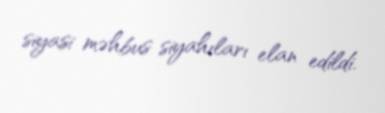
siyasi məhbus siyahıları elan edildi.